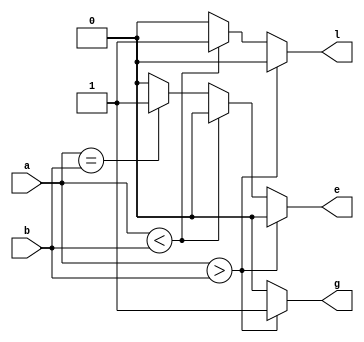
`timescale 1ns / 1ps

module comparator(
    input a,
    input b,
    output reg e,
    output reg g,
    output reg l
    );
always@(*)
begin
 
 if(a > b) begin
   g = 1;
   l = 0;
   e = 0;
   end
 else if(a < b) begin
   l = 1;
   g = 0;
   e = 0;
   end
 else if(a == b) begin
   e = 1;
   g = 0;
   l = 0;
   end
 else begin
   g = 0;
   l = 0;
   e = 0;
   end
end

endmodule